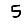
Digit: 5